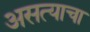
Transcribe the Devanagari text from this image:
असत्याचा